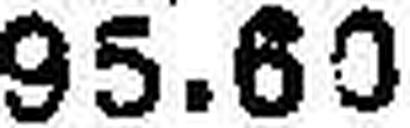
95.60